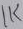
Text: 1K